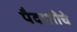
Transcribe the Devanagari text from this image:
पैदाशीचे